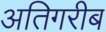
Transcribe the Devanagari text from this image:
अतिगरीब